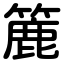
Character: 篚